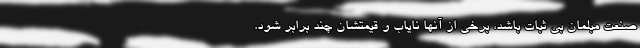
صنعت مبلمان بی ثبات باشد، برخی از آنها نایاب و قیمتشان چند برابر شود.